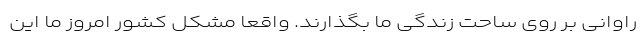
راوانی بر روی ساحت زندگی ما بگذارند. واقعا مشکل کشور امروز ما این